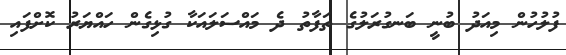
ފުލުހުން މިއަދު ބުނީ ބަނގުރަލުގެ ތަފާތު ދެ މައްސަލައަކާ ގުޅިގެން ހައްޔަރު ކޮށްފައި